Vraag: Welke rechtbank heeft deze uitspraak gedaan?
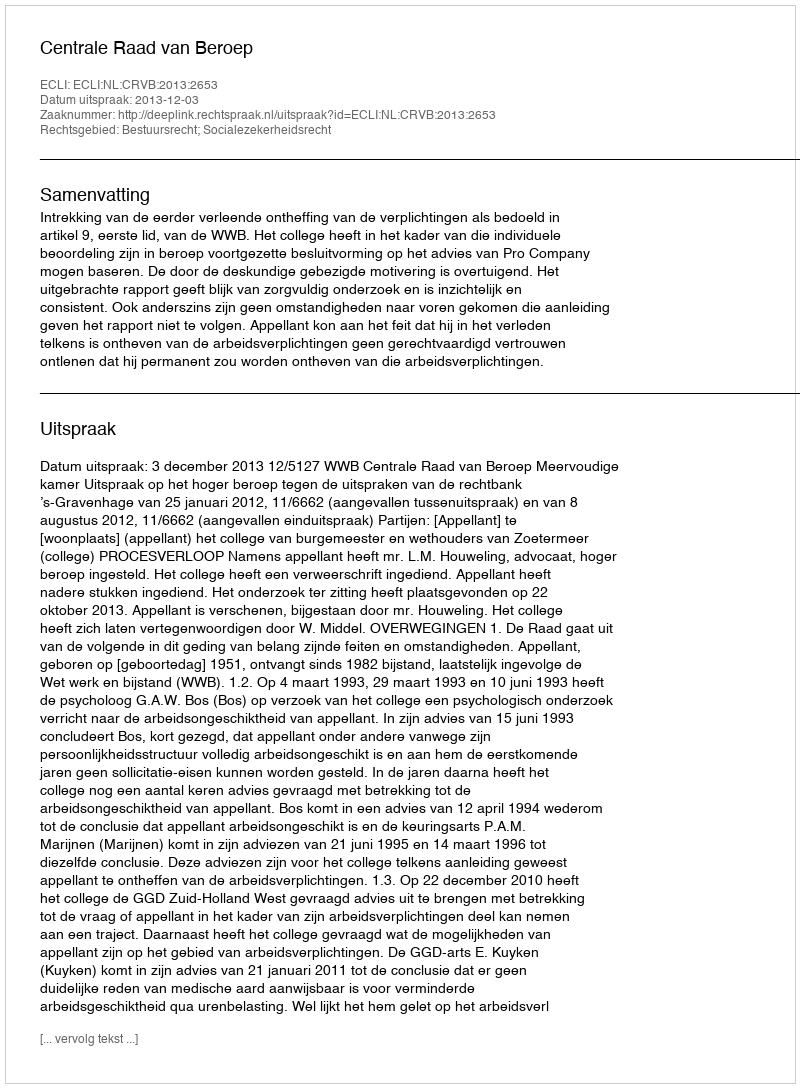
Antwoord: Centrale Raad van Beroep